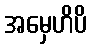
အမှေဟိပိ